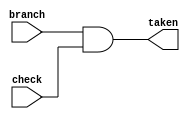
module branch_control
(
  // current pc
  input branch,
  input check,

  output reg taken 
);

///////////////////////////////////////////////////////////////////////////////
// TODO : You need to do something!
//////////////////////////////////////////////////////////////////////////////
always @(*) begin
	taken = branch & check;
end

endmodule